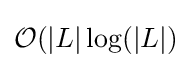
{\mathcal {O}}(|L|\log(|L|)